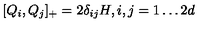
[ Q _ { i } , Q _ { j } ] _ { + } = 2 \delta _ { i j } H , i , j = 1 \ldots 2 d